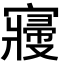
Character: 𡫒